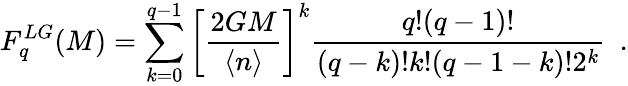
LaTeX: F_{q}^{LG}(M)=\sum_{k=0}^{q-1}\left[\frac{2GM}{\langle n\rangle}\right]^{k}\frac{q!(q-1)!}{(q-k)!k!(q-1-k)!2^{k}}\ \ .